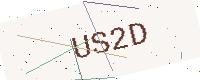
Text: US2D